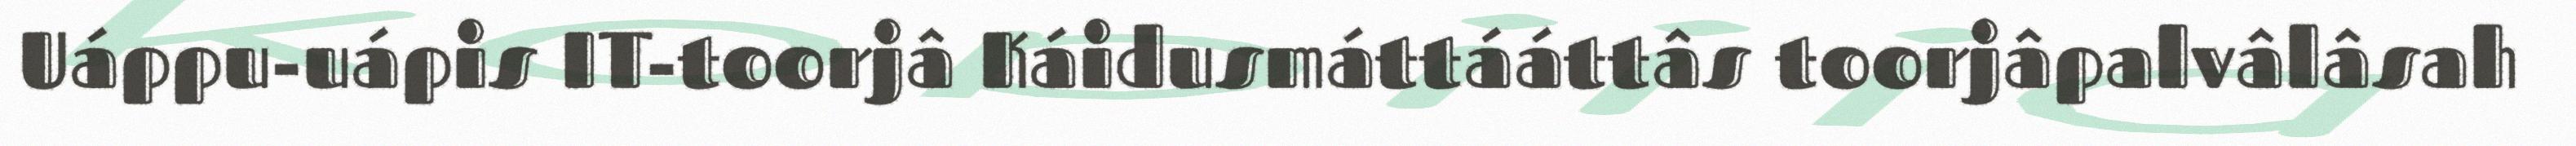
Uáppu-uápis IT-toorjâ Káidusmáttááttâs toorjâpalvâlâsah